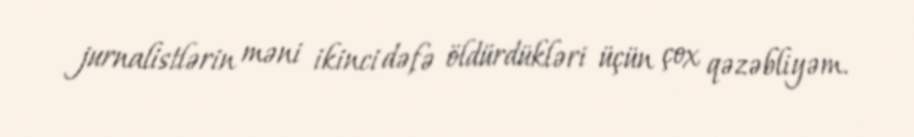
jurnalistlərin məni ikinci dəfə öldürdükləri üçün çox qəzəbliyəm.